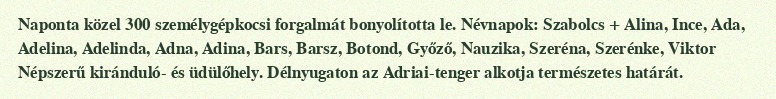
Naponta közel 300 személygépkocsi forgalmát bonyolította le. Névnapok: Szabolcs + Alina, Ince, Ada, Adelina, Adelinda, Adna, Adina, Bars, Barsz, Botond, Győző, Nauzika, Szeréna, Szerénke, Viktor Népszerű kiránduló- és üdülőhely. Délnyugaton az Adriai-tenger alkotja természetes határát.